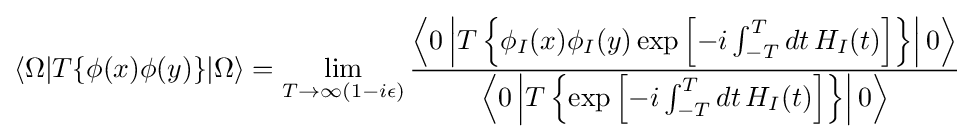
\langle \Omega |T\{\phi (x)\phi (y)\}|\Omega \rangle =\lim _{T\to \infty (1-i\epsilon )}{\frac {\left\langle 0\left|T\left\{\phi _{I}(x)\phi _{I}(y)\exp \left[-i\int _{-T}^{T}dt\,H_{I}(t)\right]\right\}\right|0\right\rangle }{\left\langle 0\left|T\left\{\exp \left[-i\int _{-T}^{T}dt\,H_{I}(t)\right]\right\}\right|0\right\rangle }}